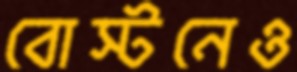
বোস্টনেও